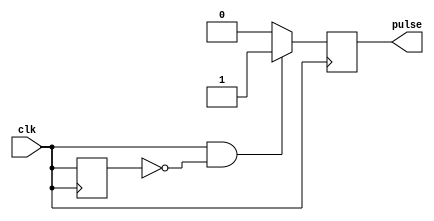
module Rising_Edge_Pulse_Generator (
	input wire clk,
	output reg pulse
);

reg previous_clk;

always @ (posedge clk) begin
	if (clk && !previous_clk) begin
		pulse <= 1;
	end else begin
		pulse <= 0;
	end
	previous_clk <= clk;
end

endmodule